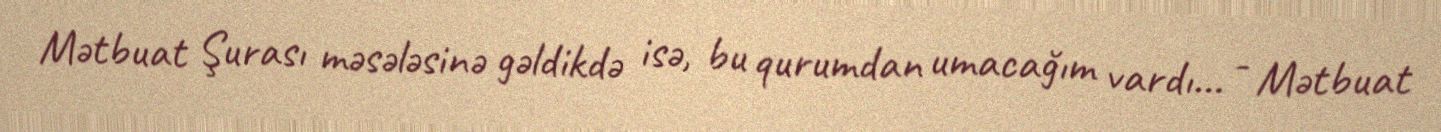
Mətbuat Şurası məsələsinə gəldikdə isə, bu qurumdan umacağım vardı... - Mətbuat